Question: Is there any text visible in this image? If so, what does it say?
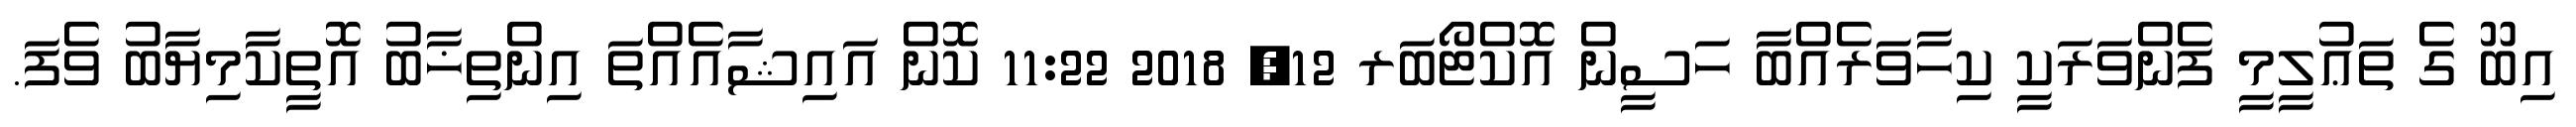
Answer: އިބޫ ގެ ތަޢުލީމީ ފެންވަރަކީ ކިހާވަރެއްބާ ހަސީން އޮކްޓޯބަރ 12, 2018 11:22 ކޮން އައިޝާއެއްތަ އިންތިޚާބު އޮތީކާމިޔާބު ވެފަ.